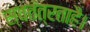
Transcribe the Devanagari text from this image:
स्वतंत्रताहै।